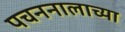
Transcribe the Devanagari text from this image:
पचननालाच्या